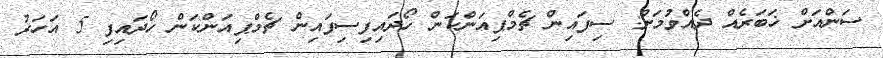
ސަންއަށް ޚަބަރެއް ދެއްވުމަށް: ސިފައިން ޗެމްޕިއަންކަން ހޯދައިފިސިފައިން ޗެމްޕިއަންކަން ހޯދައިފި 5 އަހަރު